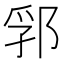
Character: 郛